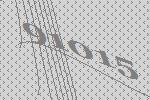
91015